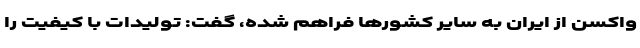
واکسن از ایران به سایر کشورها فراهم شده، گفت: تولیدات با کیفیت را